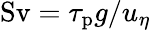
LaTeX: \mathrm{Sv}=\tau_{\mathrm{p}}g/u_{\eta}